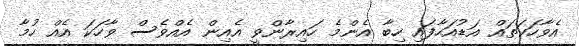
އެވާހަކަތައް އަޑުއަހާފައި ހިބާ އެންމެ ހައިރާންވީ އެއިން އެއްވެސް ވާހަކަ އެއް ހުމާ